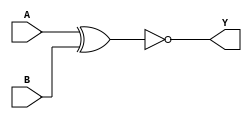
module xnorg (A, B, Y); 
input A, B; 
output Y; 
assign Y = ~(A ^ B) ; 
endmodule